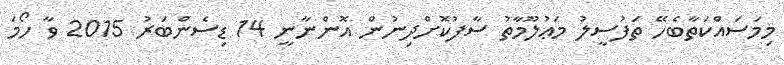
މިމަސައްކަތާބެހޭ ތަފުސީލު މަޢުލޫމާތު ސާފުކޮށްދިނުން އޮންނާނީ 14 ޑިސެންބަރު 2015 ވާ ހޯމަ